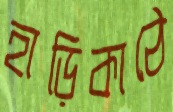
হাড়িকাঠে